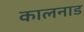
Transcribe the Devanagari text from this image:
कालनाड